Leningradi_Edasi_toimetus, lk 230
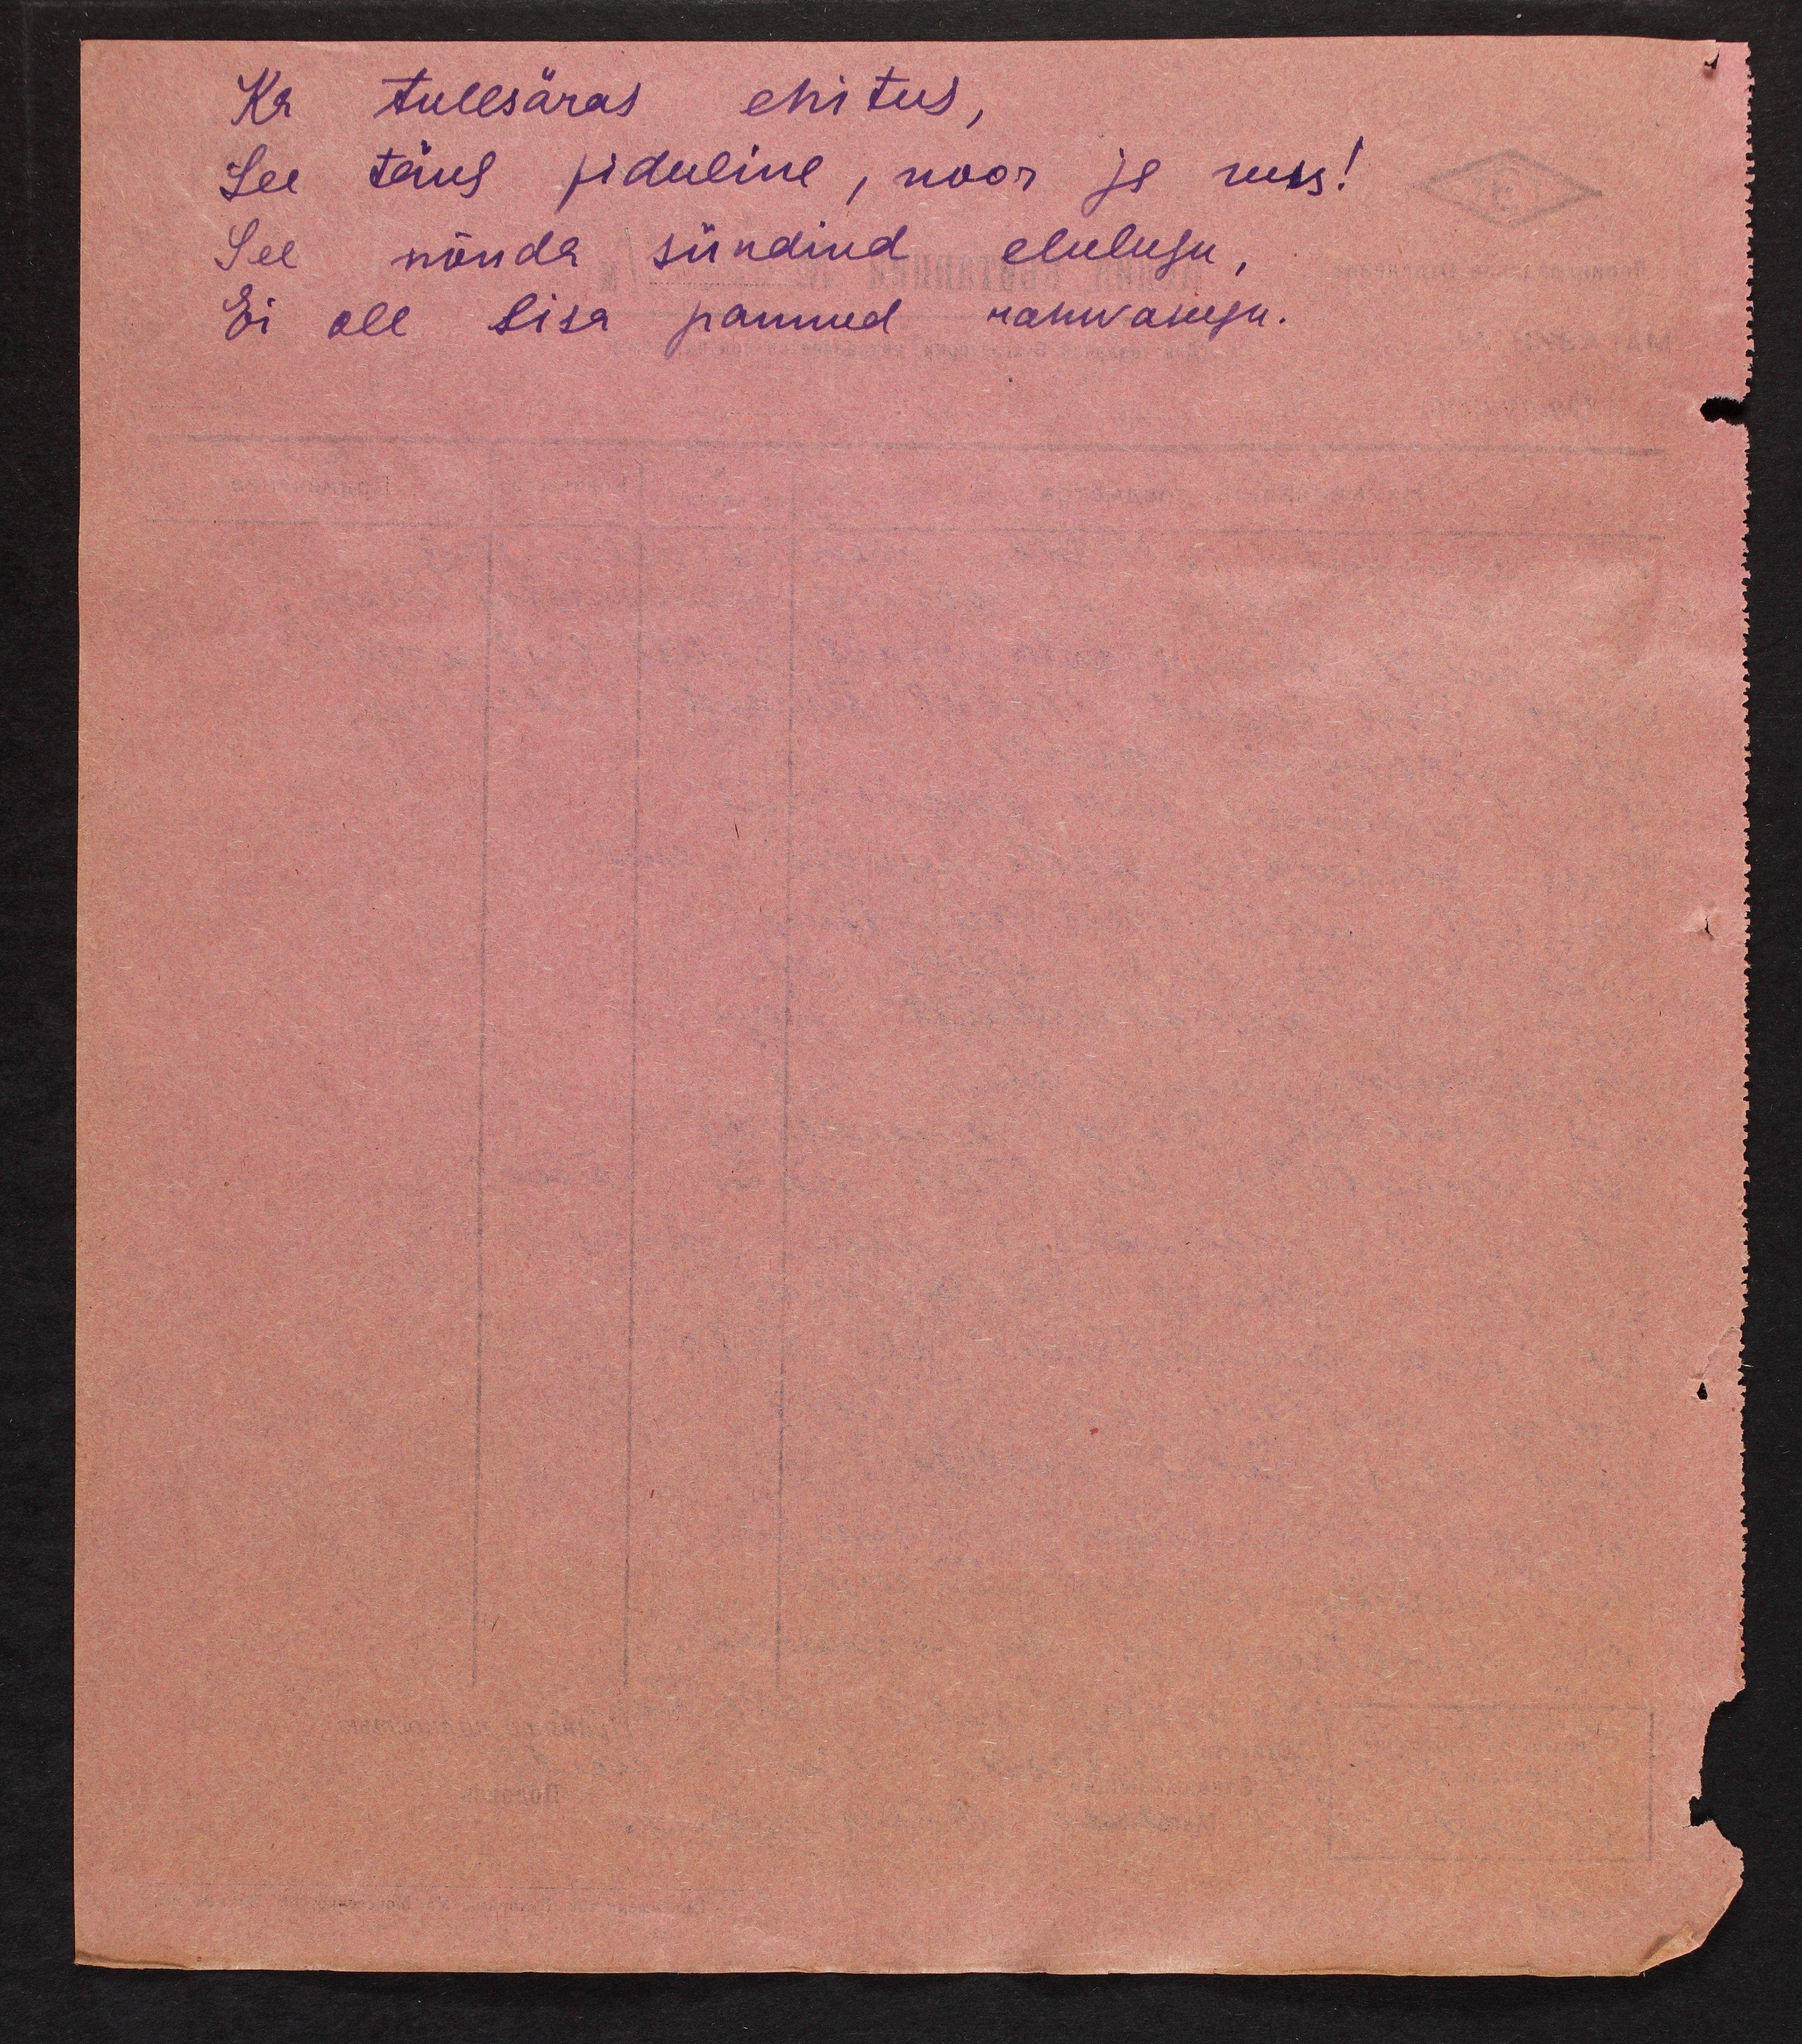
Ka tulesäras ehitus,
See täna piduline, noor ja uus!
See nõnda sündind elulugu,
Ei ole lisa pannud rahvasugu.